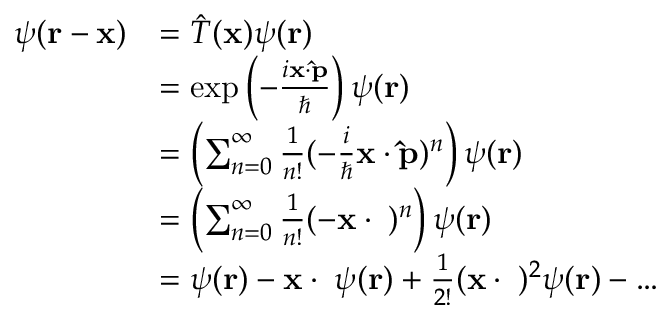
{ \begin{array} { r l } { \psi ( \mathbf { r } - \mathbf { x } ) } & { = { \hat { T } } ( \mathbf { x } ) \psi ( \mathbf { r } ) } \\ & { = \exp \left( - { \frac { i \mathbf { x } \cdot \mathbf { \hat { p } } } { \hbar } } \right) \psi ( \mathbf { r } ) } \\ & { = \left( \sum _ { n = 0 } ^ { \infty } { \frac { 1 } { n ! } } ( - { \frac { i } { \hbar } } \mathbf { x } \cdot \mathbf { \hat { p } } ) ^ { n } \right) \psi ( \mathbf { r } ) } \\ & { = \left( \sum _ { n = 0 } ^ { \infty } { \frac { 1 } { n ! } } ( - \mathbf { x } \cdot \mathbf { \nabla } ) ^ { n } \right) \psi ( \mathbf { r } ) } \\ & { = \psi ( \mathbf { r } ) - \mathbf { x } \cdot \mathbf { \nabla } \psi ( \mathbf { r } ) + { \frac { 1 } { 2 ! } } ( \mathbf { x } \cdot \mathbf { \nabla } ) ^ { 2 } \psi ( \mathbf { r } ) - \dots } \end{array} }